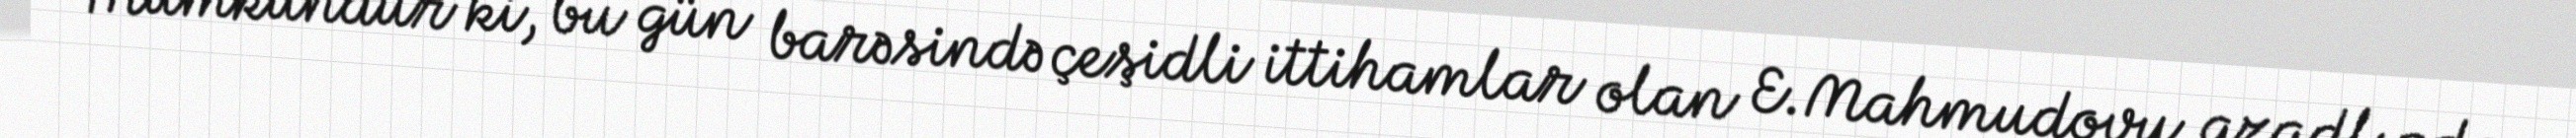
Mümkündür ki, bu gün barəsində çeşidli ittihamlar olan E.Mahmudovu azadlıqda